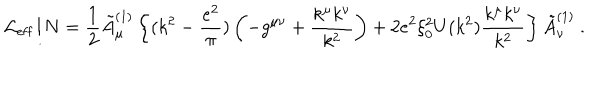
{ \cal L } _ { \mathrm { e f f } } / N = { \frac { 1 } { 2 } } \tilde { A } _ { \mu } ^ { ( 1 ) } \left\{ ( k ^ { 2 } - { \frac { e ^ { 2 } } { \pi } } ) \left( - g ^ { \mu \nu } + { \frac { k ^ { \mu } k ^ { \nu } } { k ^ { 2 } } } \right) + 2 e ^ { 2 } \xi _ { 0 } ^ { 2 } U ( k ^ { 2 } ) { \frac { k ^ { \mu } k ^ { \nu } } { k ^ { 2 } } } \right\} \tilde { A } _ { \nu } ^ { ( 1 ) } ~ .